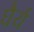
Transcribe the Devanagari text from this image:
घैर्य